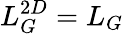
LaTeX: L_{G}^{2D}=L_{G}